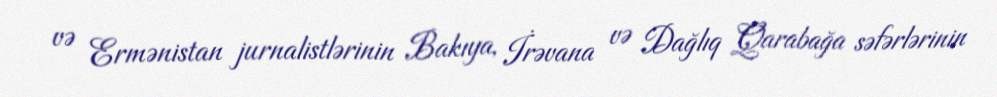
və Ermənistan jurnalistlərinin Bakıya, İrəvana və Dağlıq Qarabağa səfərlərinin